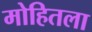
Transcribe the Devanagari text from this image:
मोहितला